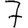
Digit: 7